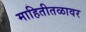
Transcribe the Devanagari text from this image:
माहितीतळावर